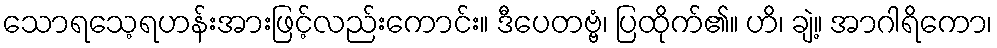
သောရသေ့ရဟန်းအားဖြင့်လည်းကောင်း။ ဒီပေတဗ္ဗံ၊ ပြထိုက်၏။ ဟိ၊ ချဲ့။ အာဂါရိကော၊